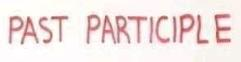
PAST PARTICIPLE